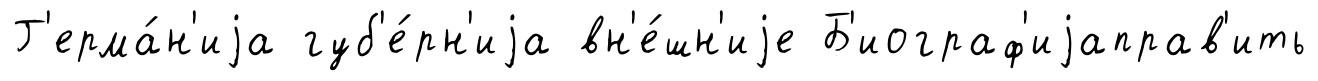
Г'ерма́н'иjа губ'е́рн'иjа вн'е́шн'иjе Б'иограф'иjаправ'ить